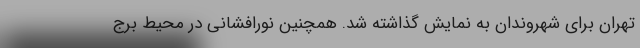
تهران برای شهروندان به نمایش گذاشته شد. همچنین نورافشانی در محیط برج